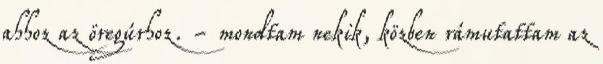
ahhoz az öregúrhoz. - mondtam nekik, közben rámutattam az